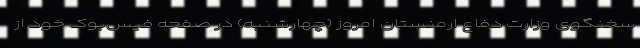
سخنگوی وزارت دفاع ارمنستان امروز (چهارشنبه) در صفحه فیس‌بوک خود از